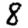
Digit: 8